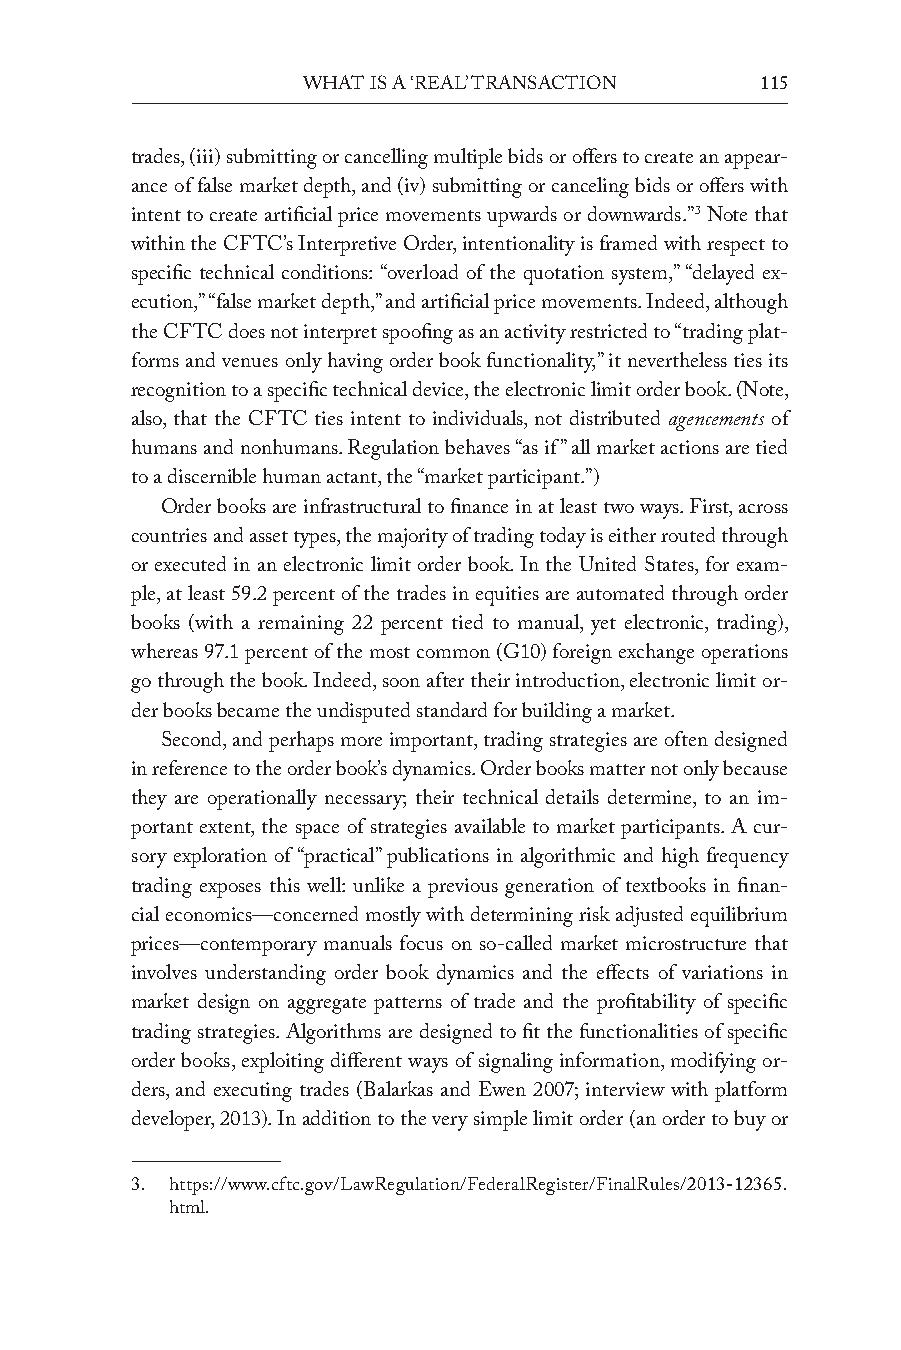
What is a ‘real’ transaction  115
 trades, (iii) submitting or cancelling multiple bids or offers to create an appear-
 ance of false market depth, and (iv) submitting or canceling bids or offers with
 intent to create artificial price movements upwards or downwards.”3 note that
 within the CFTC’s Interpretive Order, intentionality is framed with respect to
 specific technical conditions: “overload of the quotation system,” “delayed ex-
 ecution,” “false market depth,” and artificial price movements. Indeed, although
 the CFTC does not interpret spoofing as an activity restricted to “trading plat-
 forms and venues only having order book functionality,” it nevertheless ties its
 recognition to a specific technical device, the electronic limit order book. (note,
 also, that the CFTC ties intent to individuals, not distributed agencements of
 humans and nonhumans. Regulation behaves “as if” all market actions are tied
 to a discernible human actant, the “market participant.”)
 Order books are infrastructural to finance in at least two ways. First, across
 countries and asset types, the majority of trading today is either routed through
 or executed in an electronic limit order book. In the United States, for exam-
 ple, at least 59.2 percent of the trades in equities are automated through order
 books (with a remaining 22 percent tied to manual, yet electronic, trading),
 whereas 97.1 percent of the most common (G10) foreign exchange operations
 go through the book. Indeed, soon after their introduction, electronic limit or-
 der books became the undisputed standard for building a market.
 Second, and perhaps more important, trading strategies are often designed
 in reference to the order book’s dynamics. Order books matter not only because
 they are operationally necessary; their technical details determine, to an im-
 portant extent, the space of strategies available to market participants. A cur-
 sory exploration of “practical” publications in algorithmic and high frequency
 trading exposes this well: unlike a previous generation of textbooks in finan-
 cial economics—concerned mostly with determining risk adjusted equilibrium
 prices—contemporary manuals focus on so-called market microstructure that
 involves understanding order book dynamics and the effects of variations in
 market design on aggregate patterns of trade and the profitability of specific
 trading strategies. Algorithms are designed to fit the functionalities of specific
 order books, exploiting different ways of signaling information, modifying or-
 ders, and executing trades (Balarkas and ewen 2007; interview with platform
 developer, 2013). In addition to the very simple limit order (an order to buy or
 3. https://www.cftc.gov/LawRegulation/FederalRegister/FinalRules/2013-12365.
 html.